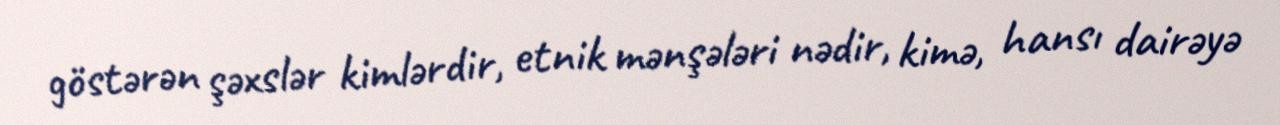
göstərən şəxslər kimlərdir, etnik mənşələri nədir, kimə, hansı dairəyə